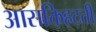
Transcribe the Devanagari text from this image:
आसक्तिहटती